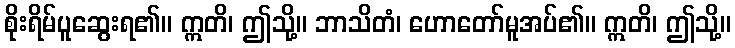
စိုးရိမ်ပူဆွေးရ၏။ ဣတိ၊ ဤသို့။ ဘာသိတံ၊ ဟောတော်မူအပ်၏။ ဣတိ၊ ဤသို့။